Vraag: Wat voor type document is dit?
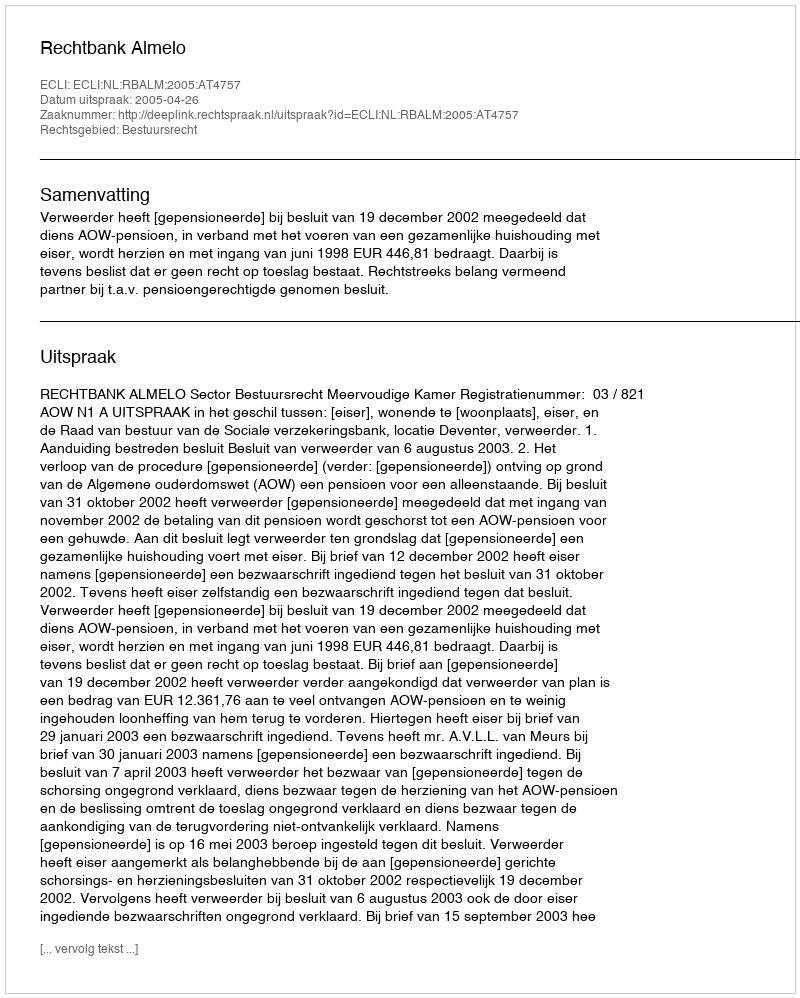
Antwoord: Uitspraak